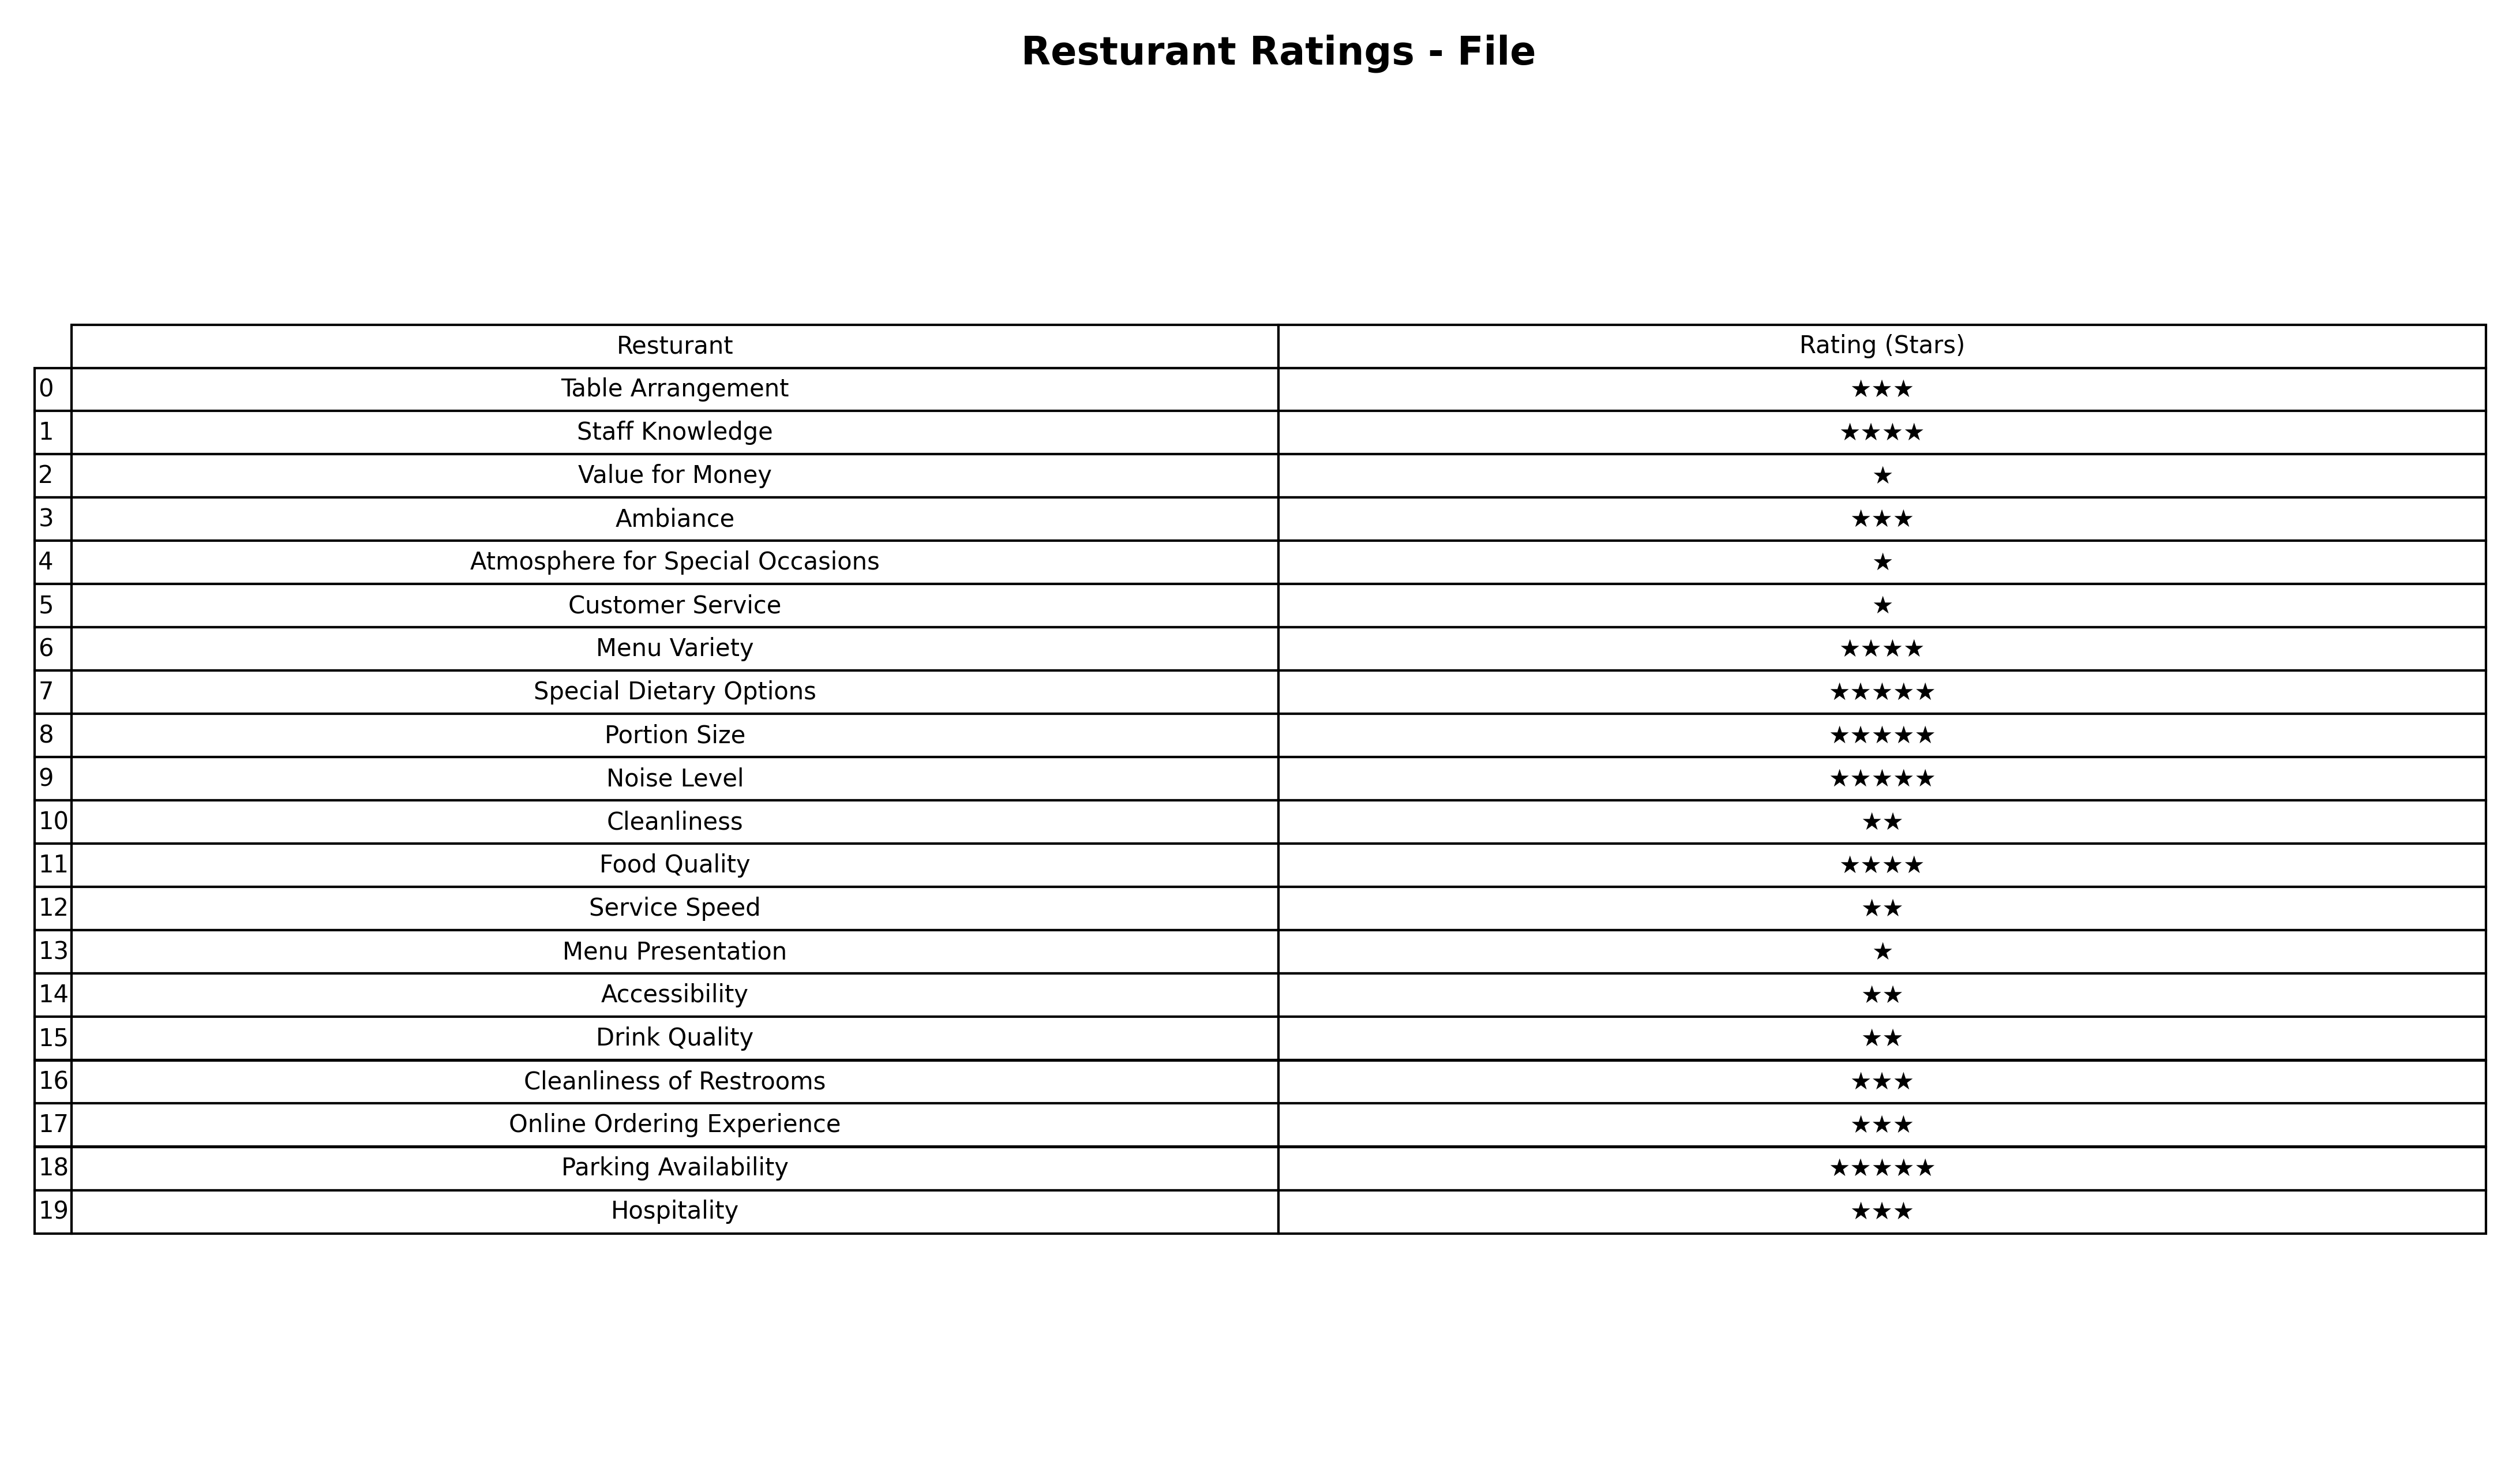
question: What are five star services?
answer: Special Dietary OptionsPortion SizeNoise LevelParking Availability